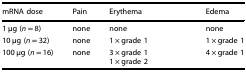
<table><thead><tr><td><b>mRNA dose</b></td><td><b>Pain</b></td><td><b>Erythema</b></td><td><b>Edema</b></td></tr></thead><tbody><tr><td>1 μg (<i>n</i> = 8)</td><td>none</td><td>none</td><td>none</td></tr><tr><td>10 μg (<i>n</i> = 32)</td><td>none</td><td>1 × grade 1</td><td>1 × grade 1</td></tr><tr><td>100 μg (<i>n</i> = 16)</td><td>none</td><td>3 × grade 11 × grade 2</td><td>4 × grade 1</td></tr></tbody></table>